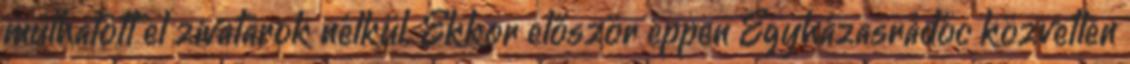
múlhatott el zivatarok nélkül. Ekkor először éppen Egyházasrádóc közvetlen